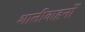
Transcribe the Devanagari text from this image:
शालीवाहनों